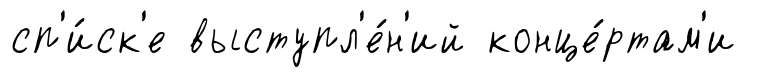
сп'и́ск'е выступл'е́н'ий конце́ртам'и